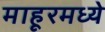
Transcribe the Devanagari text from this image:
माहूरमध्ये